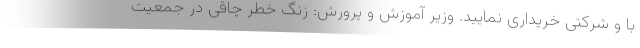
با و شرکتی خریداری نمایید. وزیر آموزش و پرورش: زنگ خطر چاقی در جمعیت